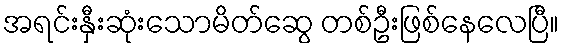
အရင်းနှီးဆုံးသောမိတ်ဆွေ တစ်ဦးဖြစ်နေလေပြီ။